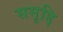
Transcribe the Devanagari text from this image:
समृद्दि